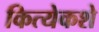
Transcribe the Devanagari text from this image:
कित्येकशे